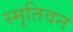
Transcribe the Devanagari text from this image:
स्मृतिवन